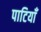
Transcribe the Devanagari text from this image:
पाटियाँ